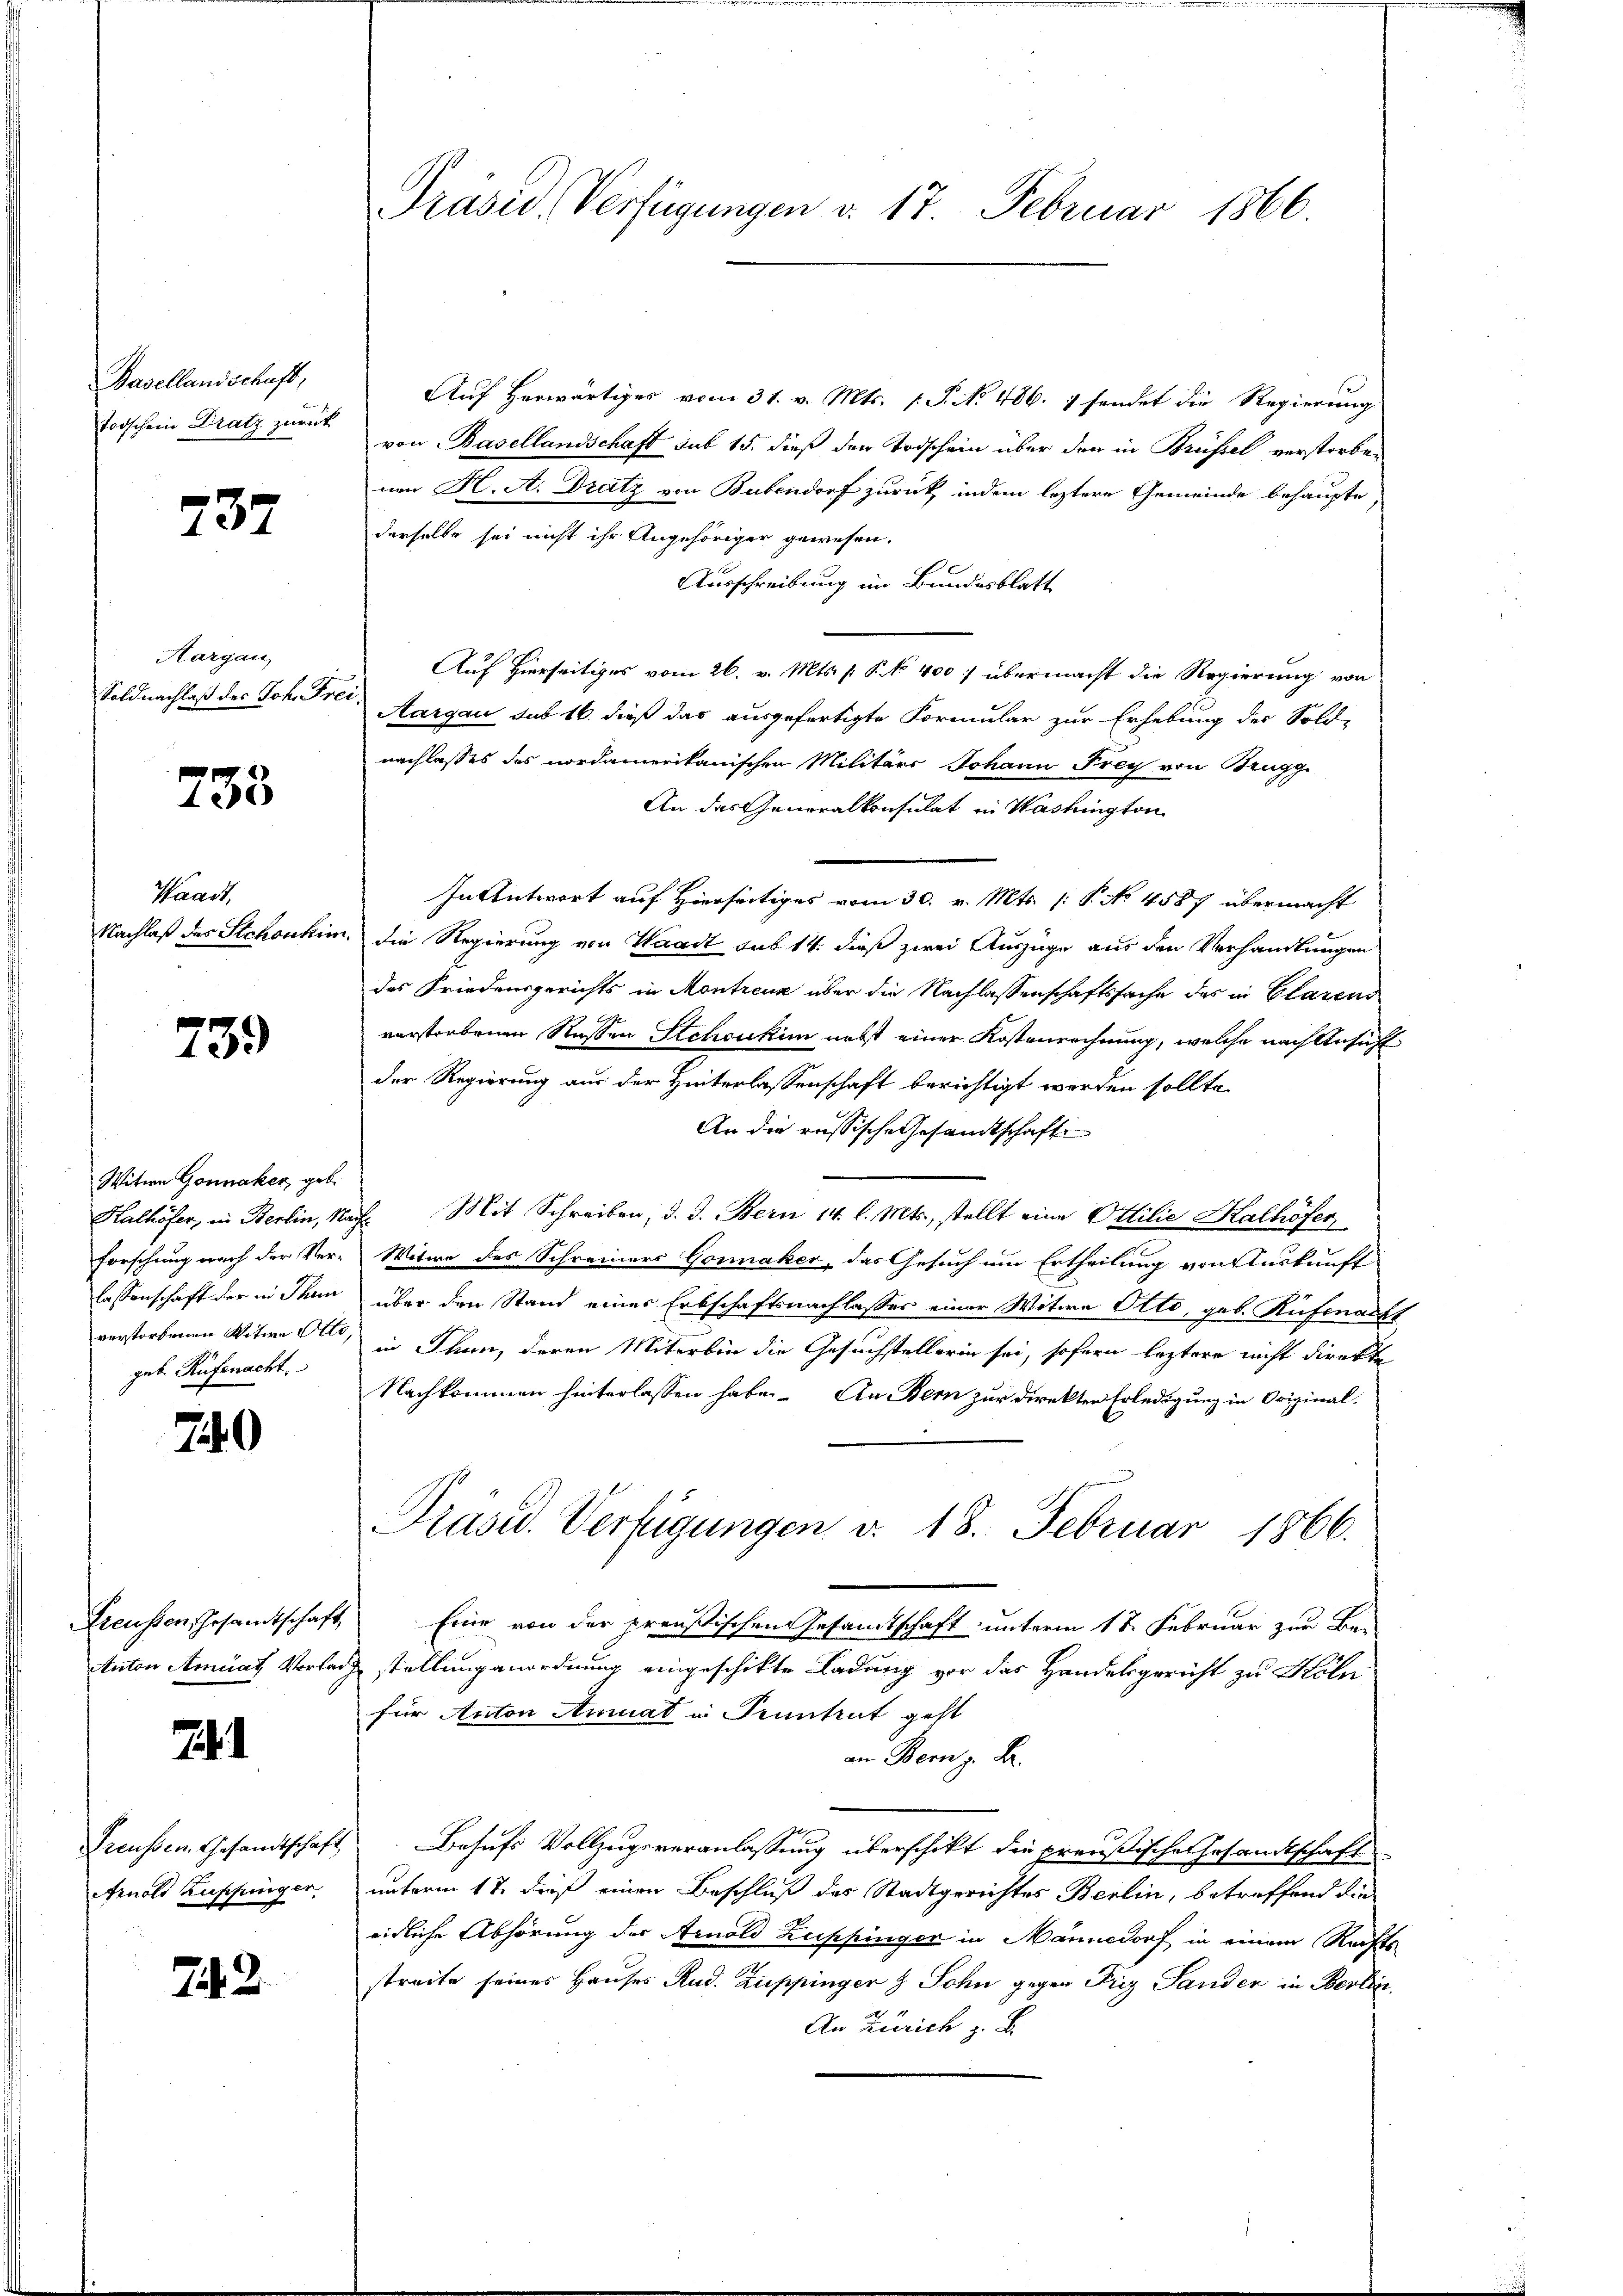
Basellandschaft,
Todschein Dratz zurück

737

Aargau
Soldnachlaß des Joh. Frei¬

733

Waadt,

739

Witwe Gonnaker, geb.
geb. Rüfenacht

740

1

Arnold Kuppinger

714. 2

Auf herwärtiges vom 31. v. Mts. v. J. No. 486. 7 sendet die Regierung
von Basellandschaft sub 15. dieß den Todschein über den in Brüssel verstorbenen H. A. Dratz von Bubendorf zurück, indem leztere Gemeinde behaupte,
derselbe sei nicht ihr Angehöriger gewesen.
Ausschreibung im Bundesblatt
Auf Hierseitiges vom 26. v. Mts. S. No 400 :/ übermacht die Regierung von
Aargau sub 16. dieß das ausgefertigte Formular zur Erhebung der Sold-
nachlasses des nordamerikanischen Militärs Johann Frey von Brugg
An das Generalkonsulat in Washington
In Antwort auf Hierseitiges vom 30. v. Mts. (: P. No 4587 übermacht
Nachlaß des Stchouhin die Regierung von Waadt sub 14. dieß zwei Auszüge aus den Verhandlungen
das Friedensgerichts in Montreux über die Nachlassenschaftssache des in Clarens
verstorbenen Rassen Schoukin nebst einer Kostenrechnung, welche nach Ansicht
der Regierung aus der Hinterlassenschaft berichtigt werden sollte.
An die russische Gesamtschafte
Halhöfer, in Berlin, Nach Mit Schreiben, d. d. Bern 14. l. Mts., stellt eine Ottilie Kalhöfer,
Forschung nach der Ver-Witwe des Schreiners Gonnaker, das Gesuch um Ertheilung von Auskunft
lassenschaft der in Thun über den Stand einer Erbschaftsnachlasses einer Witwe Otto, geb. Rüfenacht
verstorbenen Witwe Alle, in Thun, deren Miterbin die Gesuchstellerin sei, sofern leztere nicht direkte
Nachkommen hinterlassen haben. An Bern zur Direkten Erledigung in Original-
Präsid. Verfügungen v. 18. Februar 1866.
Freussen Gesamtschaft, Eine von der preußischen Gesamtschaft unterm 17. Februar zur Be-
Anton Amiat Vorlag stellung anordnung eingeschikte Ladung vor das Handelsgericht zu Köln
für Anton Ammat in Pruntrut geht
an Bern z. B.
Preussem Gesandtschaft. Behufs Vollzugsveranlassung überschikt die preußische Gesandtschaft
unterm 17. dieß einen Beschluß des Stadtgerichtes Berlin, betreffend die
eidliche Abhörung der Arnold Zuppinger in Männedorf in einem Rechts
streite seines Hauses Rud. Zuppinger & Sohn gegen Friz Sander in Berlic
An Zürich z. B.

Präsid. Verfügungen d. 17. Februar 1866.